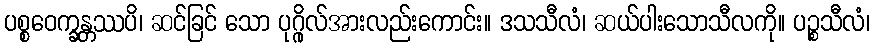
ပစ္စဝေက္ခန္တဿပိ၊ ဆင်ခြင် သော ပုဂ္ဂိုလ်အားလည်းကောင်း။ ဒသသီလံ၊ ဆယ်ပါးသောသီလကို။ ပဉ္စသီလံ၊